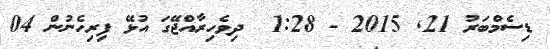
ޑިސެމްބަރު 21